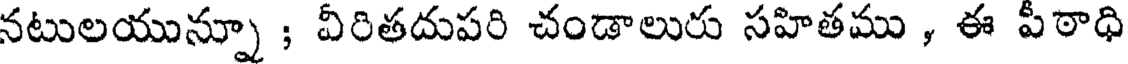
నటులయున్నూ ; వీరితదుపరి చండాలురు సహితము , ఈ పీఠాధి